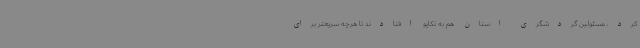
کرد، مسئولین گردشگری استان هم به تکاپو افتادند تا هرچه سریعتر برای